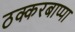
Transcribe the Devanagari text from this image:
ठक्करबाप्पा